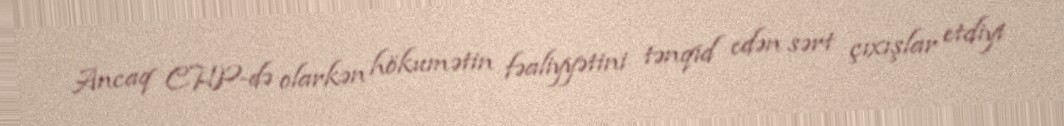
Ancaq CHP-də olarkən hökumətin fəaliyyətini tənqid edən sərt çıxışlar etdiyi